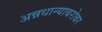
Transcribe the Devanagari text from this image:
अन्नधान्याबरोबर